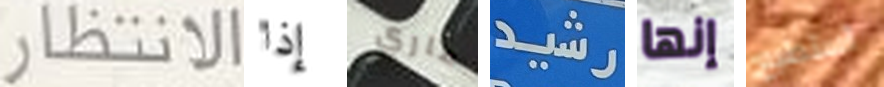
الانتظار إذا ماري رشيد إنها أستطيع